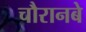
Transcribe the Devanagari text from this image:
चौरानबे